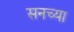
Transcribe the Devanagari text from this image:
सनच्या